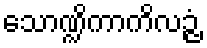
သောဏ္ဍိကာကိလဉ္ဇံ